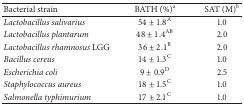
| Bacterial strain | BATH (%)a | SAT (M)b |
 | --- | --- | --- |
 | Lactobacillus salivarius | 54 ± 1.8A | 1.0 |
 | Lactobacillus plantarum | 48 ± 1.4AB | 2.0 |
 | Lactobacillus rhamnosus LGG | 36 ± 2.1B | 2.0 |
 | Bacillus cereus | 14 ± 1.3C | 1.0 |
 | Escherichia coli | 9 ± 0.9D | 2.5 |
 | Staphylococcus aureus | 18 ± 1.5C | 1.0 |
 | Salmonella typhimurium | 17 ± 2.1C | 1.0 |